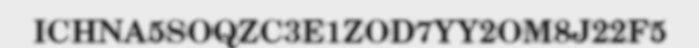
ICHNA5SOQZC3E1ZOD7YY2OM8J22F5